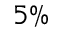
5 \%